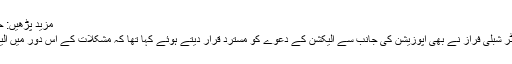
مزید پڑھیں: حکومتی مالیاتی پیکیج پر اپوزیشن کو شدید تحفظات
ان کے علاوہ وفاقی وزیر اطلاعات و نشریات سینیٹر شبلی فراز نے بھی اپوزیشن کی جانب سے الیکشن کے دعوے کو مسترد قرار دیتے ہوئے کہا تھا کہ مشکلات کے اس دور میں الیکشن کی باتیں کرنا اپوزیشن کو زیب نہیں دیتا ہے۔